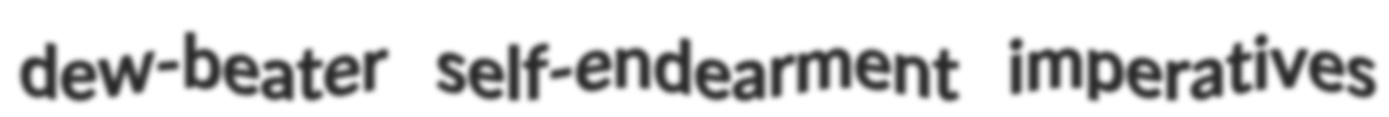
dew-beater self-endearment imperatives